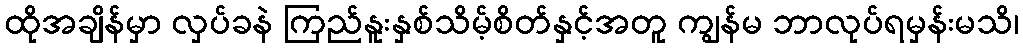
ထိုအချိန်မှာ လှပ်ခနဲ ကြည်နူးနှစ်သိမ့်စိတ်နှင့်အတူ ကျွန်မ ဘာလုပ်ရမှန်းမသိ၊